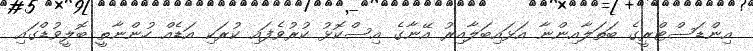
އިންޑަސްޓްރީގެ ބަތަލާއިންނާ އަޅައިބަލާއިރު އޭނާގެ އިސްކޮޅު ކުރުވެފައި ކުރަކި އަޑެއް ހުންނާތީ ބޮލީވުޑްގައި